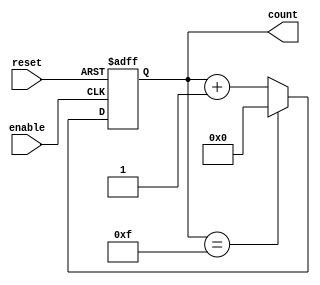
module async_counter (
    input wire enable,         // Enable signal for counting
    input wire reset,         // Asynchronous reset signal
    output reg [3:0] count    // 4-bit counter output
);

// Asynchronous reset and counting logic
always @(posedge enable or posedge reset) begin
    if (reset) begin
        count <= 4'b0000;    // Reset counter to 0
    end else begin
        count <= count + 1;  // Increment counter
        if (count == 4'b1111) begin
            count <= 4'b0000; // Wrap around to 0 after reaching max value (15)
        end
    end
end

endmodule